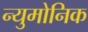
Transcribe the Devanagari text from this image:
न्युमोनिक